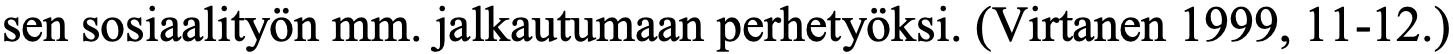
sen sosiaalityön mm. jalkautumaan perhetyöksi. (Virtanen 1999, 11-12.)